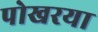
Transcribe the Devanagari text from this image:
पोखरया